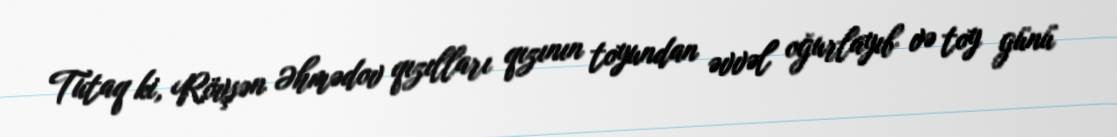
Tutaq ki, Rövşən Əhmədov qızılları qızının toyundan əvvəl oğurlayıb və toy günü